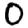
Digit: 0